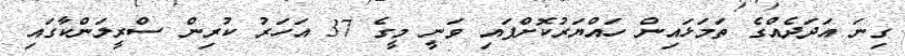
ގިނަ އަދަދެއްގެ ތަމަޅައިން ހައްޔަރުކޮށްފައި ވަނީ މީގެ 37 އަހަރު ކުރިން ސްރީލަންކާގައި